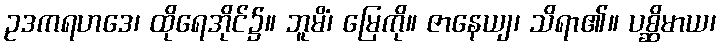
ဥဒကရဟဒေ၊ ထိုရေအိုင်၌။ ဘူမိံ၊ မြေကို။ ဇာနေယျ၊ သိရာ၏။ ပစ္ဆိမာယ၊